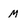
Character: M